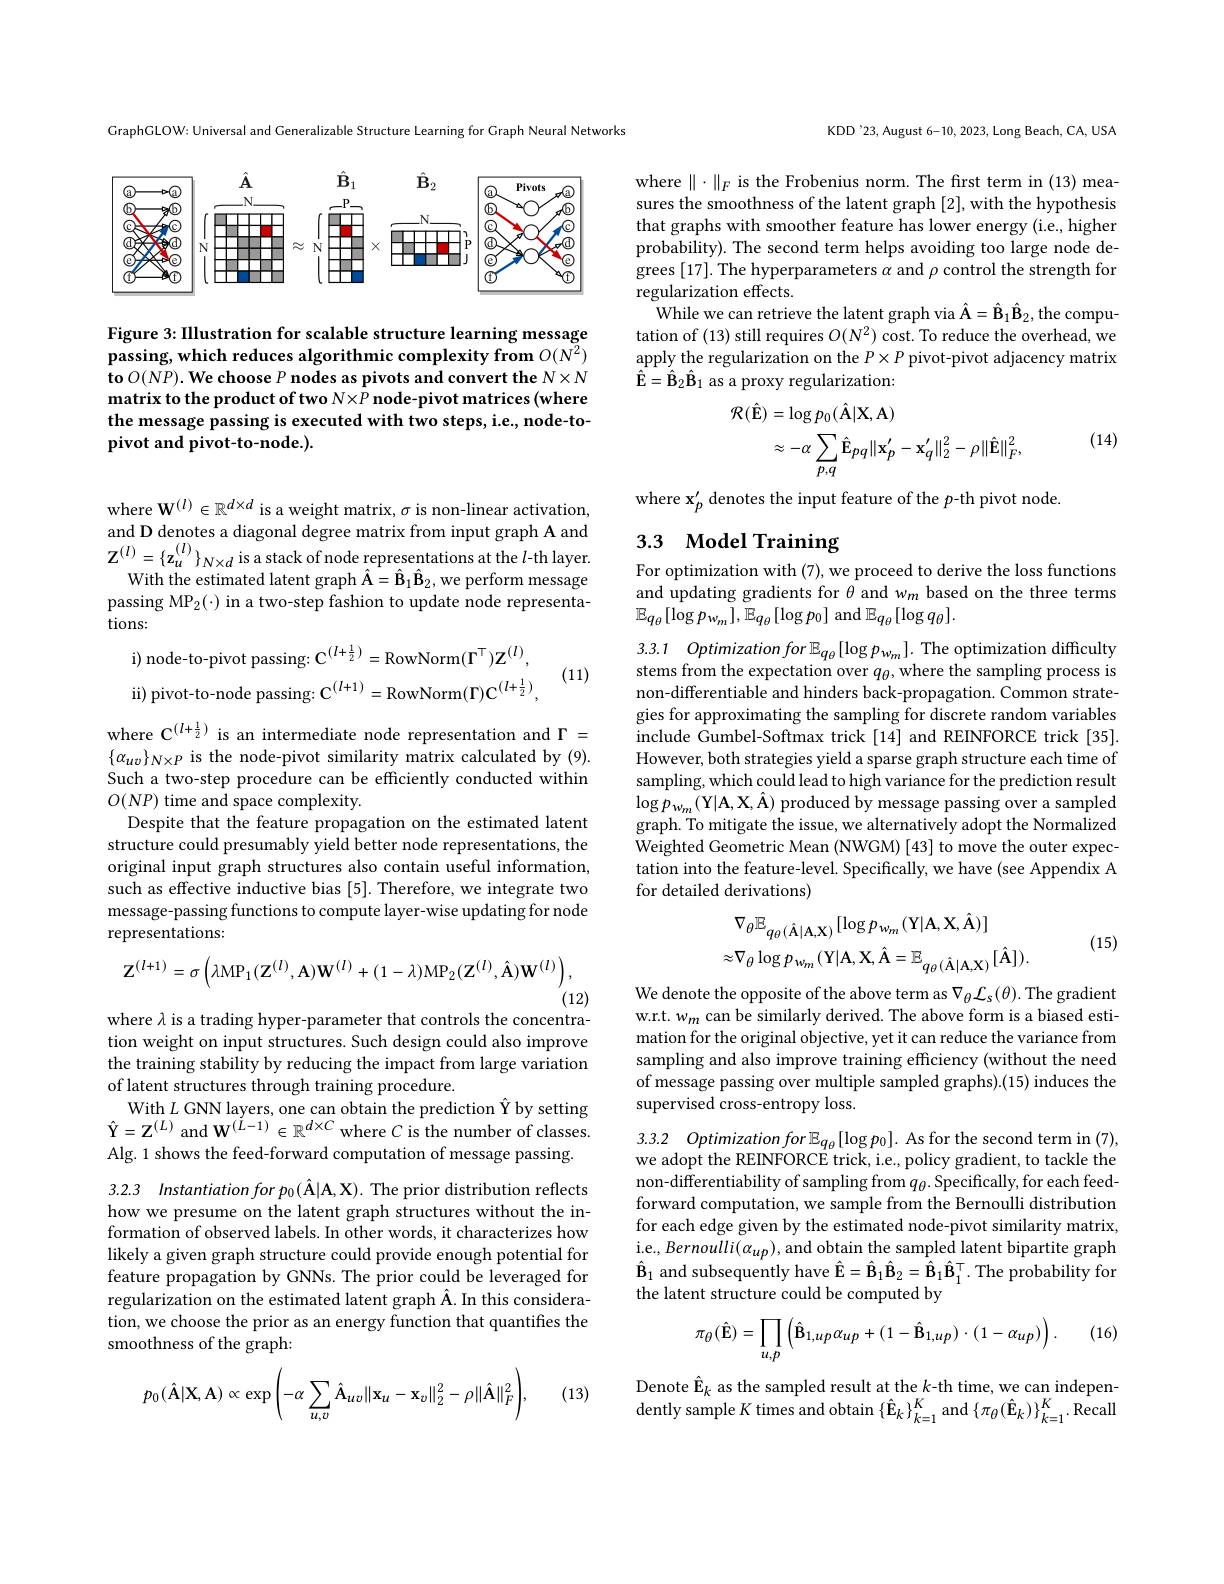
CraphGLOW: Universal and Generalizable Structure Learning for Graph Neural Networks

<FigureHere>

Figure 3: Illustration for scalable structure learning message passing, which reduces algorithmic complexity from $O(N^2)$ to $O( NP) . \textbf{We choose }P\textbf{nodes as pivots and convert the }N\times N$ matrix to the product of two N×P node-pivot matrices (where the message passing is executed with two steps, i.e., node-topivot and pivot-to-node.).

where $\mathbf{W}^{(l)}\in\mathbb{R}^{d\times d}$ is a weight matrix, $\sigma$ is non-linear activation, and D denotes a diagonal degree matrix from input graph A and $\mathbf{Z}^{(l)}=\{\mathbf{z}_{u}^{(l)}\}_{N\times d}$is a stack of node representations at the $l$-th layer.With the estimated latent graph $\hat{\mathbf{A}}=\hat{\mathbf{B}}_{1}\hat{\mathbf{B}}_{2}$,we perform message passing MP$_2(\cdot)$ in a two-step fashion to update node representations:
$$\mathrm{i)~node-to-pivot~passing:~C^{(l+\frac{1}{2})}=RowNorm(\Gamma^{\top})Z^{(l)},}\\\mathrm{ii)~pivot-to-node~passing:~C^{(l+1)}=RowNorm(\Gamma)C^{(l+\frac{1}{2})},}$$
(11)

where C$^{(l+\frac12)}$ is an intermediate node representation and $\Gamma=$ $\{\alpha_{uv}\}_{N\times P}$ is the node-pivot similarity matrix calculated by(9). Such a two-step procedure can be efficiently conducted within $O(NP)$ time and space complexity.
Despite that the feature propagation on the estimated latent structure could presumably yield better node representations, the original input graph structures also contain useful information, such as effective inductive bias [5]. Therefore, we integrate two message-passing functions to compute layer-wise updating for node representations:
$$\mathbf{Z}^{(l+1)}=\sigma\left(\lambda\mathrm{MP}_{1}(\mathbf{Z}^{(l)},\mathbf{A})\mathbf{W}^{(l)}+(1-\lambda)\mathrm{MP}_{2}(\mathbf{Z}^{(l)},\mathbf{A})\mathbf{W}^{(l)}\right),$$
(12)

where $\lambda$ is a trading hyper-parameter that controls the concentra-

tion weight on input structures. Such design could also improve the training stability by reducing the impact from large variation of latent structures through training procedure.
With $L$ GNN layers, one can obtain the prediction Î by setting $\hat{\mathbf{Y}}=\mathbf{Z}^{(L)}$ and W$^(L-1)\in\mathbb{R}^{d\times C}$ where $C$ is the number of classes. Alg.1 shows the feed-forward computation of message passing.

3.2.3 Instantiation for po$(\hat{\mathbf{A}}|\mathbf{A},\mathbf{X}).$ The prior distribution reflects how we presume on the latent graph structures without the information of observed labels. In other words, it characterizes how likely a given graph structure could provide enough potential for feature propagation by GNNs. The prior could be leveraged for regularization on the estimated latent graph Â. In this consideration, we choose the prior as an energy function that quantifies the smoothness of the graph:

(13)
$$p_0(\hat{\mathbf{A}}|\mathbf{X},\mathbf{A})\propto\exp\left(-\alpha\sum_{u,v}\hat{\mathbf{A}}_{uv}\|\mathbf{x}_u-\mathbf{x}_v\|_2^2-\rho\|\hat{\mathbf{A}}\|_F^2\right),$$
KDD'23, August 6-10, 2023, Long Beach, CA, USA

where $\|\cdot\|_F$ is the Frobenius norm. The first term in (13) measures the smoothness of the latent graph [2], with the hypothesis that graphs with smoother feature has lower energy (i.e., higher probability). The second term helps avoiding too large node degrees [17]. The hyperparameters $\dot\alpha$ and $\rho$ control the strength for regularization effects.
While we can retrieve the latent graph via $\hat{\mathbf{A}}=\hat{\mathbf{B}}_{1}\hat{\mathbf{B}}_{2}$,the computation of (13) still requires $O(N^2)$ cost. To reduce the overhead, we apply the regularization on the $P\times P$ pivot-pivot adjacency matrix $\hat{\mathbf{E}}=\hat{\mathbf{B}}_{2}\hat{\mathbf{B}}_{1}$ as a proxy regularization:
$$\begin{aligned}\mathcal{R}(\hat{\mathbf{E}})&=\log p_{0}(\hat{\mathbf{A}}|\mathbf{X},\mathbf{A})\\&\approx-\alpha\sum_{p,q}\hat{\mathbf{E}}_{pq}\|\mathbf{x}_{p}^{\prime}-\mathbf{x}_{q}^{\prime}\|_{2}^{2}-\rho\|\hat{\mathbf{E}}\|_{F}^{2},\end{aligned}$$
(14)

where $\mathbf{x}_p^{\prime}$ denotes the input feature of the $p$-th pivot node

# 3.3 Model Training

For optimization with (7), we proceed to derive the loss functions and updating gradients for $\theta$ and wm based on the three terms $\mathbb{E}_{q_\theta}[\log p_{w_m}],\mathbb{E}_{q_\theta}[\log p_0]$ and $\mathbb{E}_q_\theta[\log q_\theta].$

3.3.1 $Optimizationfor\mathbb{E} _{q_\theta }[ \log p_{w_m}] .$The optimization difficulty

stems from the expectation over $q_\theta$,where the sampling process is non-differentiable and hinders back-propagation. Common strategies for approximating the sampling for discrete random variables include Gumbel-Softmax trick [14] and REINFORCE trick [35]. However, both strategies yield a sparse graph structure each time of sampling, which could lead to high variance for the prediction result $\log p_{w_{m}}(\mathbf{Y}|\mathbf{A},\mathbf{X},\hat{\mathbf{A}})$ produced by message passing over a sampled graph. To mitigate the issue, we alternatively adopt the Normalized Weighted Geometric Mean (NWGM) [43] to move the outer expectation into the feature-level. Specifically, we have (see Appendix A for detailed derivations)

(15)
$$\nabla_{\theta}\mathbb{E}_{q_{\theta}(\hat{\mathbf{A}}|\mathbf{A},\mathbf{X})}[\log p_{w_{m}}(\mathrm{Y}|\mathbf{A},\mathbf{X},\hat{\mathbf{A}})]\\\approx\nabla_{\theta}\log p_{w_{m}}(\mathrm{Y}|\mathbf{A},\mathbf{X},\hat{\mathbf{A}}=\mathbb{E}_{q_{\theta}(\hat{\mathbf{A}}|\mathbf{A},\mathbf{X})}[\hat{\mathbf{A}}]).$$
We denote the opposite of the above term as $\nabla_\theta\mathcal{L}_s(\theta).$ The gradient w.r.t. $w_m$ can be similarly derived. The above form is a biased estimation for the original objective, yet it can reduce the variance from sampling and also improve training efficiency (without the need of message passing over multiple sampled graphs).(15) induces the supervised cross-entropy loss

3.3.2 $Optimizationfor\mathbb{E} _{q_\theta }[ \log p_0] .$ As for the second term in (7), we adopt the REINFORCE trick, i.e., policy gradient, to tackle the non-differentiability of sampling from $q_\theta.$ Specifically, for each feedforward computation, we sample from the Bernoulli distribution for each edge given by the estimated node-pivot similarity matrix, i.e., Bernoulli( $\alpha_up)$, and obtain the sampled latent bipartite graph $\hat{\mathbf{B}}_{1}$ and subsequently have $\hat{\mathbf{E}}=\hat{\mathbf{B}}_{1}\hat{\mathbf{B}}_{2}=\hat{\mathbf{B}}_{1}\hat{\mathbf{B}}_{1}^{\top}.$ The probability for the latent structure could be computed by

(16)
$$\pi_{\theta}(\hat{\mathbf{E}})=\prod\limits_{u,p}\left(\hat{\mathbf{B}}_{1,up}\alpha_{up}+(1-\hat{\mathbf{B}}_{1,up})\cdot(1-\alpha_{up})\right).$$
Denote $\hat{\mathbf{E}}_k$ as the sampled result at the $k$-th time, we can indepen- ${\mathrm{dently~sample~}K\text{ times and obtain}}\left\{\hat{\mathbf{E}}_{k}\right\}_{k=1}^{K}$and$\left\{\pi_{\theta}(\hat{\mathbf{E}}_{k})\right\}_{k=1}^{K}.{\mathrm{Recall}}$